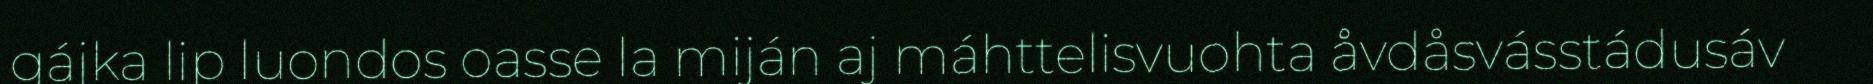
gájka lip luondos oasse la miján aj máhttelisvuohta åvdåsvásstádusáv